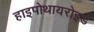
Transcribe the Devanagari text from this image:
हाइपोथायरोइड